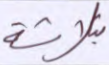
بثلاثة